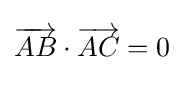
{\overrightarrow {AB}}\cdot {\overrightarrow {AC}}=0{\vphantom {\frac {(}{}}}